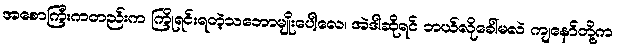
အစောကြီးကတည်းက ကြိုရင်းရတဲ့သဘောမျိုးပေါ့လေ၊ အဲဒါဆိုရင် ဘယ်လိုခေါ်မလဲ ကျနော်တို့က